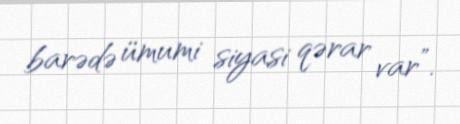
barədə ümumi siyasi qərar var”.